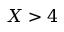
X > 4